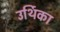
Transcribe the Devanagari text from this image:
उर्थिका